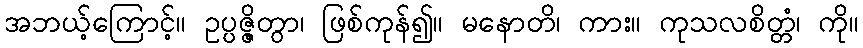
အဘယ့်ကြောင့်။ ဥပ္ပဇ္ဇိတွာ၊ ဖြစ်ကုန်၍။ မနောတိ၊ ကား။ ကုသလစိတ္တံ၊ ကို။